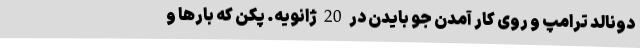
دونالد ترامپ و روی کار آمدن جو بایدن در 20 ژانویه. پکن که بارها و